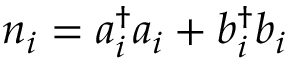
n _ { i } = a _ { i } ^ { \dagger } a _ { i } + b _ { i } ^ { \dagger } b _ { i }